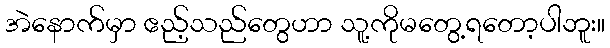
အဲနောက်မှာ ဧည့်သည်တွေဟာ သူ့ကိုမတွေ့ရတော့ပါဘူး။